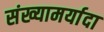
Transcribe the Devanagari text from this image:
संख्यामर्यादा